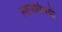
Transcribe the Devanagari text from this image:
त्याजविषयीं